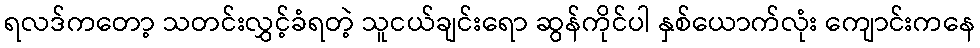
ရလဒ်ကတော့ သတင်းလွှင့်ခံရတဲ့ သူငယ်ချင်းရော ဆွန်ကိုင်ပါ နှစ်ယောက်လုံး ကျောင်းကနေ